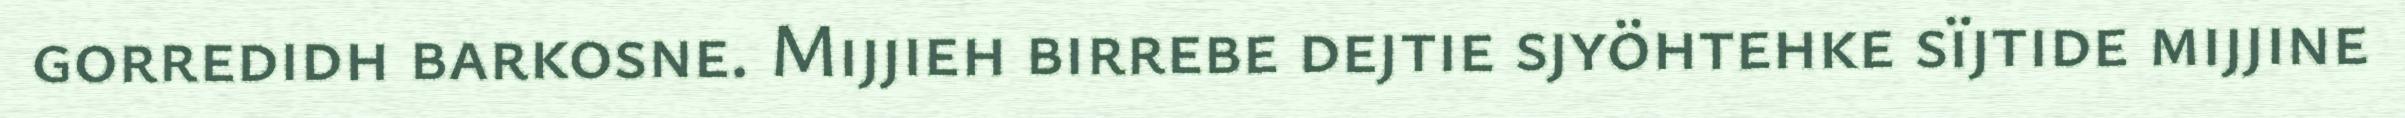
gorredidh barkosne. Mijjieh birrebe dejtie sjyöhtehke sïjtide mijjine